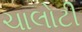
ચાલોટી